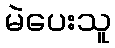
မဲပေးသူ